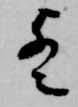
歟